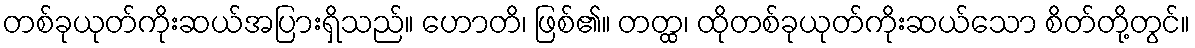
တစ်ခုယုတ်ကိုးဆယ်အပြားရှိသည်။ ဟောတိ၊ ဖြစ်၏။ တတ္ထ၊ ထိုတစ်ခုယုတ်ကိုးဆယ်သော စိတ်တို့တွင်။